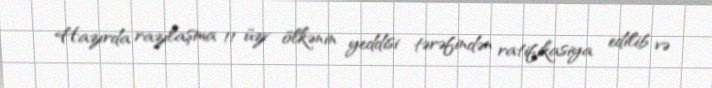
Hazırda razılaşma 11 üzv ölkənin yeddisi tərəfindən ratifikasiya edilib və